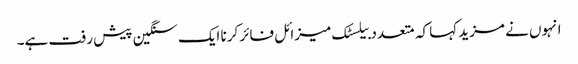
انہوں نے مزید کہا کہ متعدد بیلسٹک میزائل فائر کرنا ایک سنگین پیش رفت ہے۔